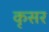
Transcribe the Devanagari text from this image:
कृसर